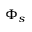
\Phi _ { s }